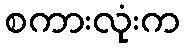
စကားလုံးက